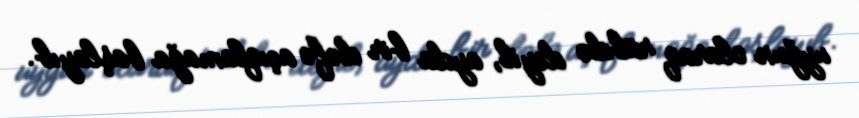
uyğun olaraq rübdə deyil, ayda bir dəfə açıqlamağa başlayıb.